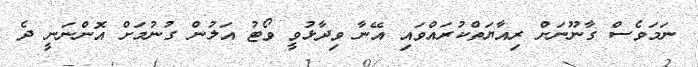
ނަމަވެސް ގާނޫނަށް ރިއާޔަތްކުރައްވައި އޭނާ ވިދާޅުވީ ވޯޓު އަލުން ގުނުމަށް އޮންނަނީ ދެ